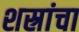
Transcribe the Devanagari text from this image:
शस्रांचा